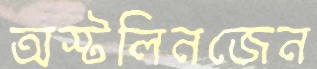
অস্টলিনজেন